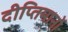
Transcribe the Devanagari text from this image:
दीप्तिमानों